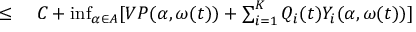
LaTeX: \begin{array} { r l } { \leq { } } & { { } C + \operatorname* { i n f } _ { \alpha \in A } [ V P ( \alpha , \omega ( t ) ) + \sum _ { i = 1 } ^ { K } Q _ { i } ( t ) Y _ { i } ( \alpha , \omega ( t ) ) ] } \end{array}